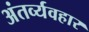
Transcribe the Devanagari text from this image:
अंतर्व्यवहार